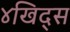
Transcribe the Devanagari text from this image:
४खिद्स